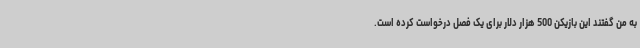
به من گفتند این بازیکن 500 هزار دلار برای یک فصل درخواست کرده است.